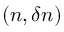
( n , \delta n )